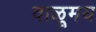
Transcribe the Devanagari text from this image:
वाळूमय